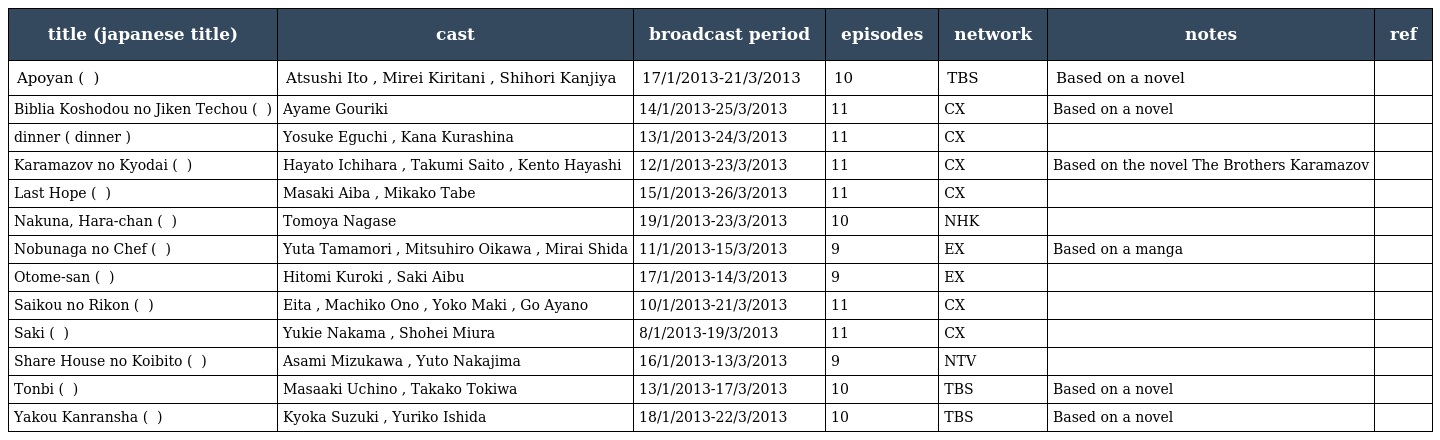
| title (japanese title) | cast | broadcast period | episodes | network | notes | ref |
 | --- | --- | --- | --- | --- | --- | --- |
 | Apoyan ( あぽやん ) | Atsushi Ito , Mirei Kiritani , Shihori Kanjiya | 17/1/2013-21/3/2013 | 10 | TBS | Based on a novel |  |
 | Biblia Koshodou no Jiken Techou ( ビブリア古書堂の事件手帖 ) | Ayame Gouriki | 14/1/2013-25/3/2013 | 11 | CX | Based on a novel |  |
 | dinner ( dinner ) | Yosuke Eguchi , Kana Kurashina | 13/1/2013-24/3/2013 | 11 | CX |  |  |
 | Karamazov no Kyodai ( カラマーゾフの兄弟 ) | Hayato Ichihara , Takumi Saito , Kento Hayashi | 12/1/2013-23/3/2013 | 11 | CX | Based on the novel The Brothers Karamazov |  |
 | Last Hope ( ラストホープ ) | Masaki Aiba , Mikako Tabe | 15/1/2013-26/3/2013 | 11 | CX |  |  |
 | Nakuna, Hara-chan ( 泣くな、はらちゃん ) | Tomoya Nagase | 19/1/2013-23/3/2013 | 10 | NHK |  |  |
 | Nobunaga no Chef ( 信長のシェフ ) | Yuta Tamamori , Mitsuhiro Oikawa , Mirai Shida | 11/1/2013-15/3/2013 | 9 | EX | Based on a manga |  |
 | Otome-san ( おトメさん ) | Hitomi Kuroki , Saki Aibu | 17/1/2013-14/3/2013 | 9 | EX |  |  |
 | Saikou no Rikon ( 最高の離婚 ) | Eita , Machiko Ono , Yoko Maki , Go Ayano | 10/1/2013-21/3/2013 | 11 | CX |  |  |
 | Saki ( サキ ) | Yukie Nakama , Shohei Miura | 8/1/2013-19/3/2013 | 11 | CX |  |  |
 | Share House no Koibito ( シェアハウスの恋人 ) | Asami Mizukawa , Yuto Nakajima | 16/1/2013-13/3/2013 | 9 | NTV |  |  |
 | Tonbi ( とんび ) | Masaaki Uchino , Takako Tokiwa | 13/1/2013-17/3/2013 | 10 | TBS | Based on a novel |  |
 | Yakou Kanransha ( 夜行観覧車 ) | Kyoka Suzuki , Yuriko Ishida | 18/1/2013-22/3/2013 | 10 | TBS | Based on a novel |  |